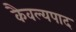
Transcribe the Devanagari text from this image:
कैवल्यपाद